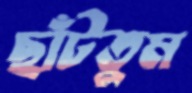
ছাঁটতুম